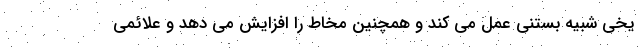
یخی شبیه بستنی عمل می کند و همچنین مخاط را افزایش می دهد و علائمی